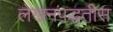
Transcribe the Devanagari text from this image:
लेखनपद्धतीस